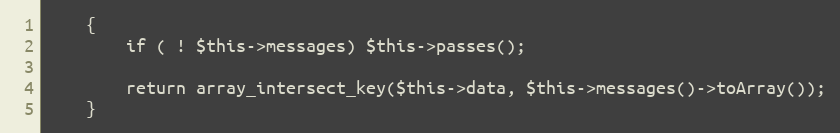
Language: PHP
	{
		if ( ! $this->messages) $this->passes();

		return array_intersect_key($this->data, $this->messages()->toArray());
	}